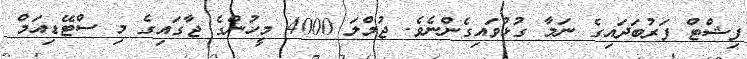
ފިޝްޓް ފަރުބަދައިގެ ނަމާ ގުޅުވައިގެންނެވެ. ޖުމްލަ 4000 މީހުންގެ ޖާގައިގެ މި ސްޓޭޑިއަމް